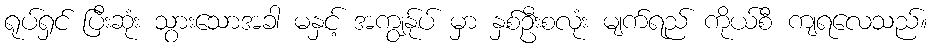
ရုပ်ရှင် ပြီးဆုံး သွားသောအခါ မနှင့် အကျွန်ုပ် မှာ နှစ်ဦးစလုံး မျက်ရည် ကိုယ်စီ ကျရလေသည်။